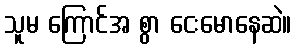
သူမ ကြောင်အ စွာ ငေးမောနေဆဲ။